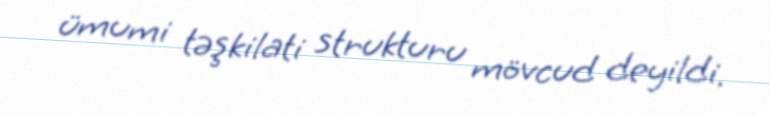
ümumi təşkilati strukturu mövcud deyildi.